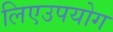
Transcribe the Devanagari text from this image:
लिएउपयोग